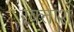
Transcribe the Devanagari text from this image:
रक्‍तांश